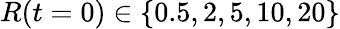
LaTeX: R(t=0)\in\{ 0.5,2,5,10,20\}